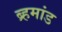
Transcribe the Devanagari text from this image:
ब्र्हमांड